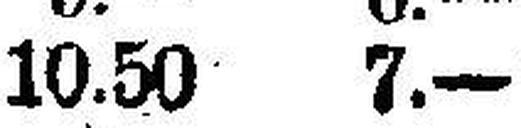
10.50 7.—